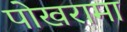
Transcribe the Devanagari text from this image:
पोखरामा